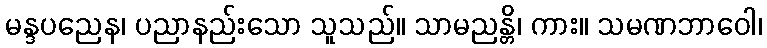
မန္ဒပညေန၊ ပညာနည်းသော သူသည်။ သာမညန္တိ၊ ကား။ သမဏဘာဝေါ၊